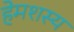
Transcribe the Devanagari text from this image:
हेमशस्य